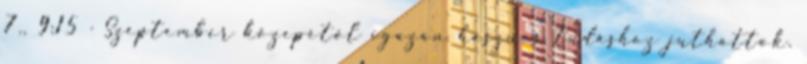
7., 9:15 · Szeptember közepétől igazán hasznos tudáshoz juthattok.